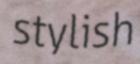
stylish